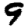
Digit: 9